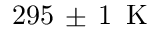
2 9 5 \, \pm \, 1 \, \mathrm { ~ K ~ }